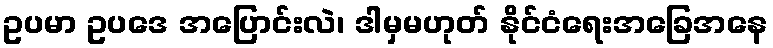
ဥပမာ ဥပဒေ အပြောင်းလဲ၊ ဒါမှမဟုတ် နိုင်ငံရေးအခြေအနေ